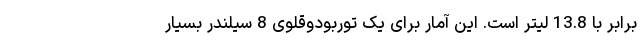
برابر با 13.8 لیتر است. این آمار برای یک توربودوقلوی 8 سیلندر بسیار